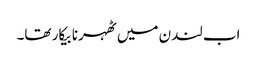
اب لندن میں ٹھہرنا بیکار تھا۔